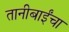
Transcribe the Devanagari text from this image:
तानीबाईंचा